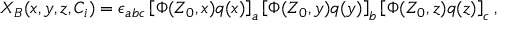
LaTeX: X _ { B } ( x , y , z , C _ { i } ) = \epsilon _ { a b c } \left[ \Phi ( Z _ { 0 } , x ) q ( x ) \right] _ { a } \left[ \Phi ( Z _ { 0 } , y ) q ( y ) \right] _ { b } \left[ \Phi ( Z _ { 0 } , z ) q ( z ) \right] _ { c } ,